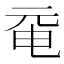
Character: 𠀻